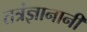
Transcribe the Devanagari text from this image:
तत्रंज्ञानानी